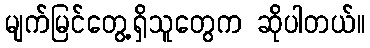
မျက်မြင်တွေ့ရှိသူတွေက ဆိုပါတယ်။